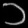
Digit: ၁